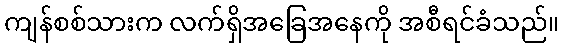
ကျန်စစ်သားက လက်ရှိအခြေအနေကို အစီရင်ခံသည်။